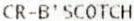
CR-B'SCOTCH